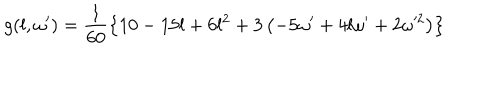
g ( l , \omega ^ { \prime } ) = \frac { 1 } { 6 0 } \left\{ 1 0 - 1 5 l + 6 l ^ { 2 } + 3 \left( - 5 \omega ^ { \prime } + 4 l \omega ^ { \prime } + 2 \omega ^ { 2 } \right) \right\}